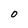
Character: 0